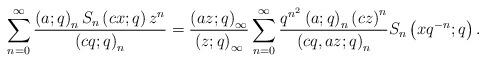
LaTeX: \begin{align*}\sum_{n=0}^{\infty}\frac{\left(a;q\right)_{n}S_{n}\left(cx;q\right)z^{n}}{\left(cq;q\right)_{n}}=\frac{\left(az;q\right)_{\infty}}{\left(z;q\right)_{\infty}}\sum_{n=0}^{\infty}\frac{q^{n^{2}}\left(a;q\right)_{n}\left(cz\right)^{n}}{\left(cq,az;q\right)_{n}}S_{n}\left(xq^{-n};q\right).\end{align*}